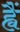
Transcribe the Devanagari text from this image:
ह्वैं